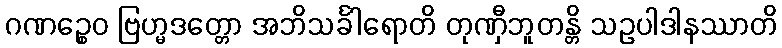
ဂဏဉ္စေဝ ဗြဟ္မဒတ္တော အဘိသင်္ခါရောတိ တုဏှီဘူတန္တိ သဥပါဒါနဿာတိ